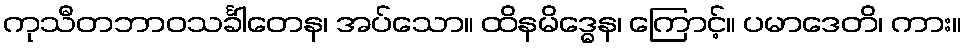
ကုသီတဘာဝသင်္ခါတေန၊ အပ်သော။ ထိနမိဒ္ဓေန၊ ကြောင့်။ ပမာဒေတိ၊ ကား။